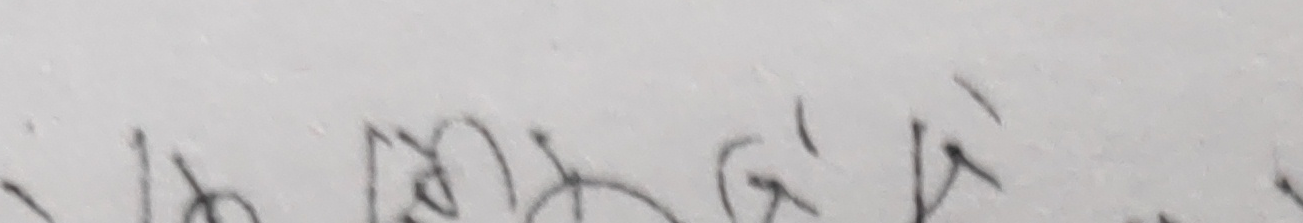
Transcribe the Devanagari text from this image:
यको गिलो